Annual statistical returns and brief notes on vaccination in Bengal - 1896-1909
Year: 1896
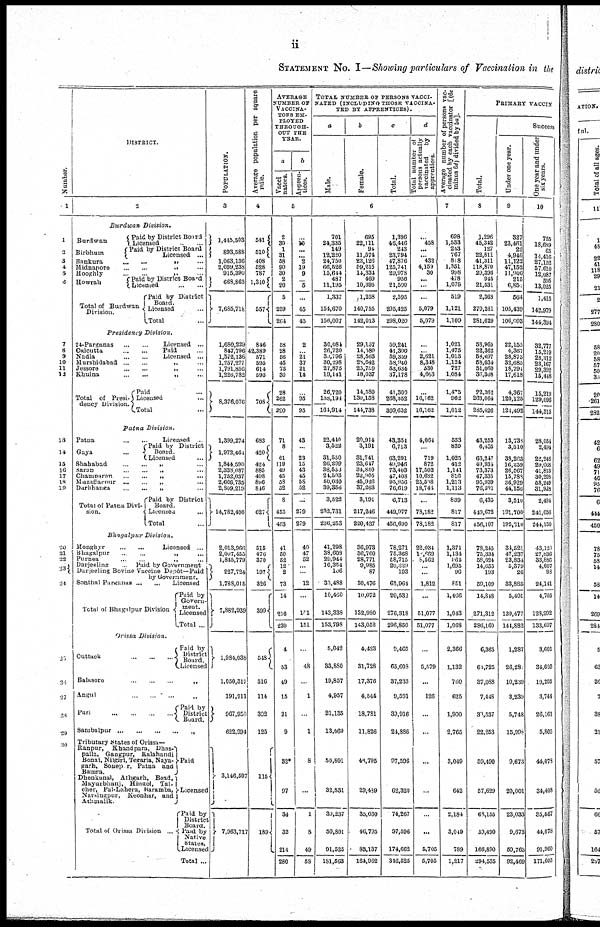
ii
STATEMENT No. I—Showing particulars of Vaccination in the
Number.
1
1
2
3
4
5
6
7
8
9
10
11
12
13
14
15
16
17
18
19
20
21
22
23
24
25
26
27
28
29
30
DISTRICT.
2
Burdwan
Division.
Burdwan
Birbhum
Paid by District Board
Licensed...
...
Paid by District Board
Licensed ...
Bankura... ... ... ...
Midnapore... ... ... ...
Hooghly...
...
...
...
Howrah...
Paid by District Board
Licensed... ... ... ...
Total of Burdwan
Division.
Paid by District
Board
Licensed...
Total... ...
Presidency
Division.
24-Parganas... ...
Calcutta... ...
Nadia... ...
Licensed... ...
Paid... ...
Licensed... ...
Murshidabad...
...
Jessore...
...
Khulna...
...
Total of Presi-
dency Division.
Paid...
Licensed...
Total...
Patna
Division.
Patna...
Gaya...
Licensed...
Paid by District
Board.
Licensed...
Shahabad...
...
Saran...
...
Champaran...
...
...
...
Mazaffarpur...
...
...
Darbhanga...
...
...
...
Total of Patna Divi-
sion.
Paid by District
Board.
Licensed...
Total...
Bhagalpur
Division.
Monghyr...
Licensed...
Bhagalpur...
...
„
...
Purnea... ... „ ...
Darjeeling...
Paid by Government...
Darjeeling Bovine Vaccine Depôt—Paid
by Government.
Sonthal Parganas ... ...
Licensed...
Total of Bhagalpur Division
Paid by
Govern-
ment.
Licensed
Total ...
Orissa Division.
Cuttack...
...
...
Paid by
District
Board.
Licensed
Balasore...
...
...
„
Angul...
...
...
„
Puri...
...
...
...
Paid by
District
Board.
Sambalpur...
...
...
...
Tributary States of Orissa—
Ranpur, Khandpara, Dhas-
palla, Gangpur, Kalahandi
Bonai, Nilgiri, Tegaria, Naya-
garh, Sonepur, Patna and
Bamra.
Dhenkanal, Athgarh, Boad,
Mayurbhanj, Hinaol, Tal-
cher, Pal-Lahera, Baramba,
Narsingpur, Keonhar, and
Athmalik.
Total of Orissa Division ...
Paid
Licensee
Paid by
District
Board.
Paid by
Native
States.
Licensed
Total ...
POPULATION.
3
1,445,503
893,588
1,063,136
2,699,238
915,390
668,863
7,685,718
1,680,229
847,796
1,572,136
1,257,277
1,791,856
1,226,782
8,376,076
1,399,274
1,972,464
1,844,590
2,338,087
1,752,037
2,666,735
2,809,219
14,782,406
2,013,966
2,007,455
1,845,779
227,724
1,788,015
7,882,939
1,984,038
1,050,317
191,911
967,950
622,994
3,146,507
7,963,717
Average population per square
mile.
4
541
510
408
528
787
1,340
557
846
42,389
571
595
614
595
708
683
420
424
885
498
896
846
627
515
476
370
197
326
399
548
516
114
392
125
115
189
AVERAGE
NUMBER OF
VACCINA-
TORS EM-
PLOYED
THROUGH-
OUT THE
YEAR.
a
Vacci
nators.
b
Appren-
tices.
5
2
30
1
31
58
90
30
2
20
5
259
264
58
28
56
45
73
30
28
262
290
71
8
61
119
49
45
58
52
8
455
463
41
50
52
12
2
73
14
216
230
4
53
49
15
21
9
32*
97
34
32
214
280
...
10
...
... 2
19
9
... 5
...
45
45
2
...
21
37
21
14
...
95
95
43
...
23
15
43
45
58
52
...
279
279
40
47
52
...
...
12
...
101
151
...
48
...
1
...
1
8
...
1
8
49
58
TOTAL NUMBER OF PERSONS VACCI-
----- (INCLUDING THOSE VACCINA-
TED BY APPRENTICES).
a
Male.
b
Female.
c
Total.
d
Total number of
persons actually
vaccinated
by
apprentices.
6
701
24,335
149
12,220
24,750
66,526
15,644
487
11,195
1,337
154,670
156,007
30,084
26,720
30,796
30,298
27,875
19,141
26,720
1,18,194
164,914
22,440
3,522
31,550
26,299
38,553
24,503
50,030
39,356
3,522
232,731
236,253
41,298
38,608
29,944
10,354
106
33,488
10,460
143,338
153,798
5,042
33,880
19,857
4,957
21,135
13,060
50,801
32,831
39,237
50,801
91,525
181,563
695
22,111
94
11,574
23,126
59,215
14,334
469
10,395
1,258
140,755
142,013
29,137
14,580
28,563
28,642
23,759
18,037
14,580
130,158
144,738
20,914
3,191
31,741
23,647
34,850
22,905
45,926
37,263
3,191
217,246
220,437
36,973
36,760
28,771
9,985
87
30,476
10,072
132,980
143,052
4,423
31,728
17,376
4,544
18,781
11,826
46,795
29,489
35,030
46,795
83,137
164,962
1,396
46,446
243
23,794
47,876
125,741
29,978
956
21,590
2,595
295,425
298,020
59,241
41,300
59,359
58,940
53,634
37,178
41,300
268,352
309,652
43,354
6,713
63,291
49,946
73,408
47,408
95,956
76,619
6,713
449,977
456,690
78,271
75,368
58,715
20,339
193
63,964
20,532
276,318
296,850
9,465
65,608
37,233
9,501
30,916
24,886
97,596
62,320
74,267
97,596
174,662
346,525
...
458
...
... 432
4,159
30
...
...
...
5,079
5,079
...
...
2,621
8,348
530
4,663
...
16,162
16,162
4,064
...
719
872
17,503
10,682
25,948
18,744
...
78,182
78,183
22,034
10,669
8,562
...
...
1,812
...
51,077
51,077
...
5,579
...
126
...
...
...
...
...
...
5,705
5,705
Average number of persons vac-
cinated by each vaccinator [(6c
minus 6d) divided by 5a].
7
698
1,533
243
767
818
1,351 998
478
1,079
519
1,121
1,109
1,021
1,475
1,013
1,124
727
1,084
1,475
962
1,012
553
839
1,025
412
1,141
816
1,213
1,113
839
817
817
1,371
1,134
964
1,695
96
851
1,466
1,043
1,068
2,368
1,132
760
625
1,900
2,765
3,049
642
2,184
3,049
789
1,217
PRIMARY VACCIN
Total.
8
1,296
45,342
127
22,811
41,311
118,870 29,396
945
21,531
2,368
279,261
281,629
58,965
22,362
58,697
58,034
51,060
36,308
22,362
263,064
285,426
43,253
6,435
63,247
49,934
73,373
47,335
95,939
76,591
6,435
449,672
456,107
78,245
75,334
58,624
14,655
103
59,109
14,848
271,312
286,160
6,365
64,725
37,088
7,448
30,537
22,253
59,490
57,629
68,155
59,490
166,890
294,535
Success
Under one year.
9
327
23,461
22
4,946
11,122
47,152
11,906
215
6,85
564
105,439
106,003
22,155
4,367
28,873
32,685
18,794
17,618
4,367
120,125
124,492
13,738
3,510
38,263
16,259
26,567
15,788
36,929
44,156
3,510
191,700
185,210
34,521
47,237
23,834
5,379
26
33,885
5,405
139,477
144,882
1,287
26,28
10,239
3,239
5,748
15,998
9,673
20,001
23,033
9,673
59,763
92,469
One year and under
six years.
10
755
18,689
65
14,416
27,152
57,610
12,087
595
13,025
1,415
142,979
144,394
32,777
15,219
28,312
23,167
29,392
15,448
15,219
129,096
144,315
28,054
2,494
22,246
29,068
41,813
30,208
58,249
31,928
2,494
241,656
244,150
43,120
27,836
33,886
4,607
98
24,141
4,705
128,992
133,697
3,601
34,693
19,205
3,744
26,161
5,805
44,078
34,408
35,567
44,078
91,960
171,605